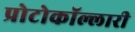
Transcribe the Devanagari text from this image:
प्रोटोकॉल्लारी